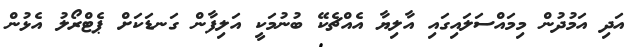
އަދި އަމުދުން މިމައްސަލައިގައި އާލިޔާ އެއްޗެކޭ ބުނުމަކީ އަލިފާން ގަނޑަކަށް ޕެޓްރޯލު އެޅުން